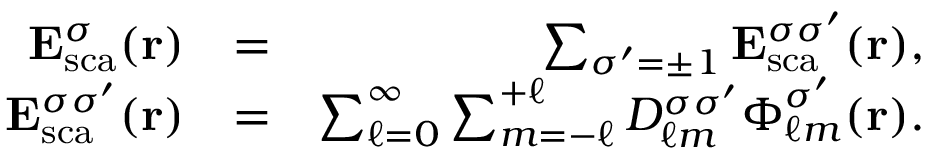
\begin{array} { r l r } { { \bf E } _ { \mathrm { { s c a } } } ^ { \sigma } ( { \bf r } ) } & { = } & { \sum _ { \sigma ^ { \prime } = \pm 1 } { \bf E } _ { \mathrm { s c a } } ^ { \sigma \sigma ^ { \prime } } ( { \bf r } ) , } \\ { { \bf E } _ { \mathrm { { s c a } } } ^ { \sigma \sigma ^ { \prime } } ( { \bf r } ) } & { = } & { \sum _ { \ell = 0 } ^ { \infty } \sum _ { m = - \ell } ^ { + \ell } D _ { \ell m } ^ { \sigma \sigma ^ { \prime } } \boldsymbol { \Phi } _ { \ell m } ^ { \sigma ^ { \prime } } ( { \bf r } ) . } \end{array}